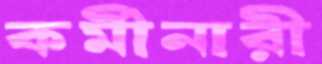
কর্মীনারী